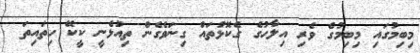
މިބިމުގައި މިބިމުގެ ވެރި އިލާހުގެ ގެކޮޅުތައް ގިނަވެގެން ތިއުޅެނީ ކީކޭ ހިތައިތަ